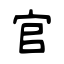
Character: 官